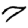
Digit: 7